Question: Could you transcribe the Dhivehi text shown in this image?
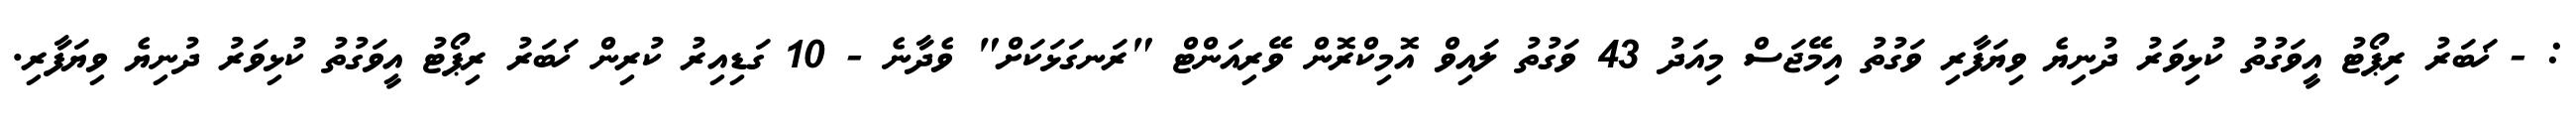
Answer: : - ޚަބަރު ރިޕޯޓު އީވަގުތު ކުޅިވަރު ދުނިޔެ ވިޔަފާރި ވަގުތު އިމޭޖަސް މިއަދު 43 ވަގުތު ލައިވް އޮމިކްރޮން ވޭރިއަންޓް "ރަނގަޅަކަށް" ވެދާނެ - 10 ގަޑިއިރު ކުރިން ޚަބަރު ރިޕޯޓު އީވަގުތު ކުޅިވަރު ދުނިޔެ ވިޔަފާރި.